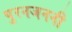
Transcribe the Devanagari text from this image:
पुरनजननी